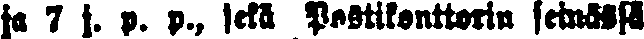
ja 7 j. p. p., sekä Postikonttorin seinässä